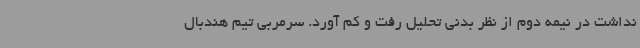
نداشت در نیمه دوم از نظر بدنی تحلیل رفت و کم آورد. سرمربی تیم هندبال